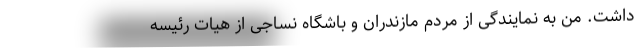
داشت. من به نمایندگی از مردم مازندران و باشگاه نساجی از هیات رئیسه